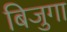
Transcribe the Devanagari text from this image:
बिजुगा